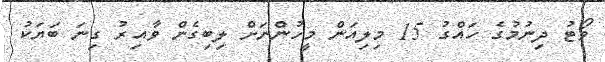
ވޯޓު ދިނުމުގެ ހައްގު 15 މިލިއަން މީހުންނަށް ލިބިގެން ވާއިރު ގިނަ ބަޔަކު